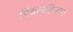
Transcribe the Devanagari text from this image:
पिडलहिन्टन